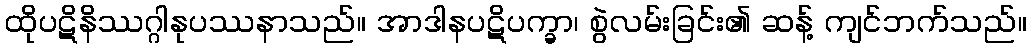
ထိုပဋိနိဿဂ္ဂါနုပဿနာသည်။ အာဒါနပဋိပက္ခာ၊ စွဲလမ်းခြင်း၏ ဆန့် ကျင်ဘက်သည်။